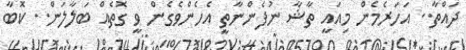
ދައްތާ.. އަހަރެމެން މިއައީ ތާޝާ ނުފެންނާތީ އެހެންވެގެން ވީ ގޮތެއް ބަލާލަން.. ކޮބާ